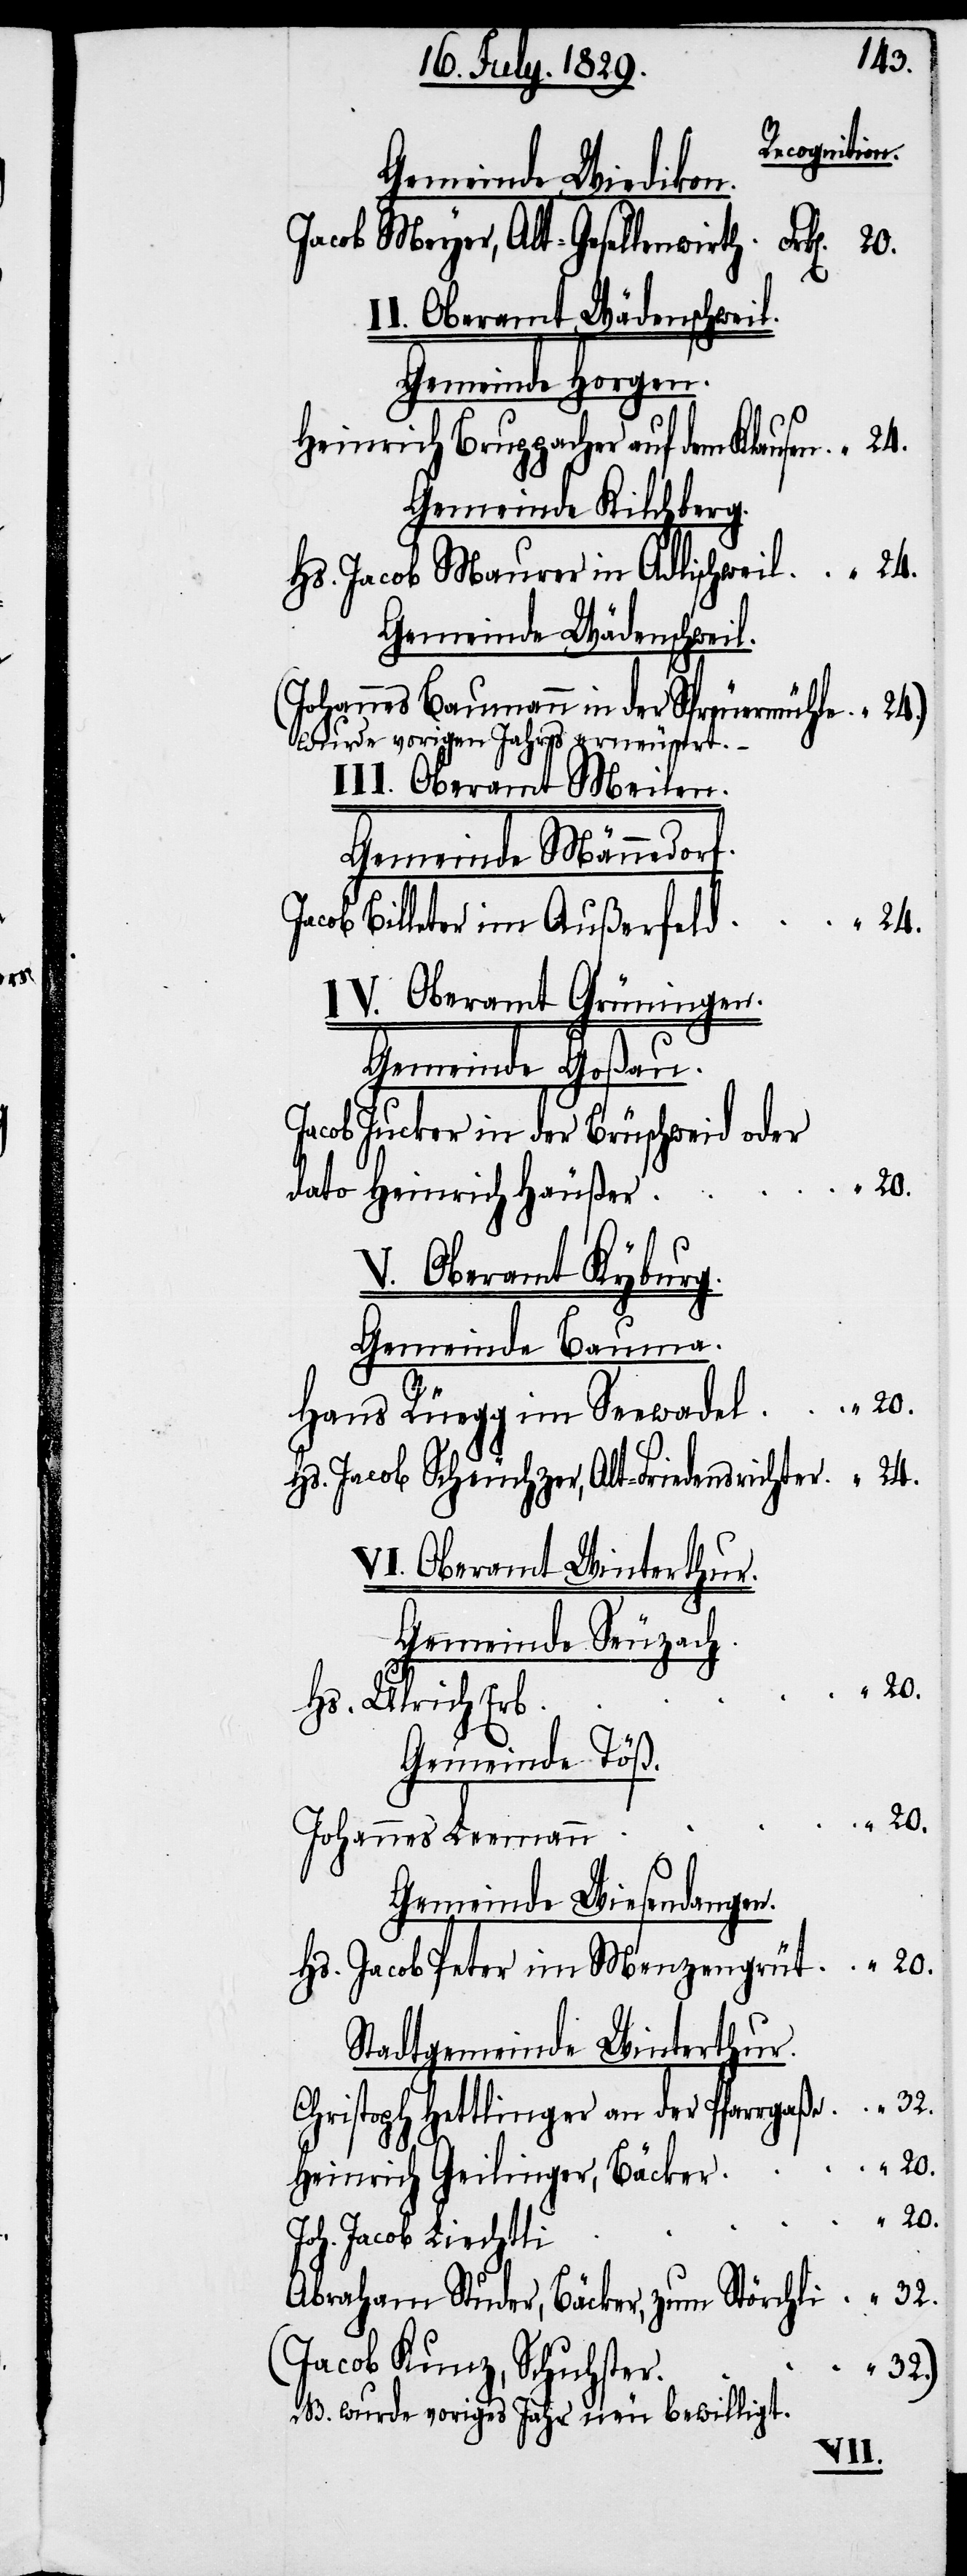
Recognition.
Gemeinde Wiedikon.
Jacob Meyer, Alt-Gesellenwirth
I. Oberamt Wädenschweil.
Gemeinde Horgen.
Heinrich Bruppacher auf dem Klausen
Gemeinde Kilchberg.
Hs. Jacob Maurer in Adlischweil
Gemeinde Wädenschweil.
(Johannes Baumann in der Spreuermühle w¬
urde voriges Jahr erneuert.
“
III. Oberamt Meilen
Gemeinde Männedorf.
24.
Jacob Billeter im Außerfeld
IV. Oberamt Grüningen.
Gemeinde Goßau.
acob Jucker in der Brüschweid oder
20.
dato Heinrich Häußer
V. Oberamt Kyburg.
Gemeinde Bauma.
Hans Rüegg im Seewadel
Hs. Jacob Scheuchzer, Alt-Friedensrichter
Vi. Oberamt Winterthur.
Gemeinde Seuzach.
Hs. Ulrich Erb
Gemeinde Töß.
Johannes Leemann
Gemeinde Wiesendangen.
Hs. Jacob Peter im Menzengrüt
Stadtgemeinde Winterthur.
Christoph Hettlinger an der Pfarrgaße
Heinrich Geilinger, Bäcker
20.
Joh. Jacob Liechti
Abraham Studer, Bäcker, zum Störchli
(Jacob Kunz, Schuhster
N.B. wurde voriges Jahr neu bewilligt.
32.)